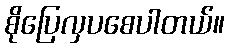
စိုပြေလှပစေပါတယ်။